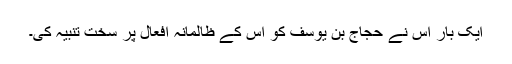
ایک بار اس نے حجاج بن یوسف کو اس کے ظالمانہ افعال پر سخت تنبیہ کی۔